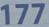
177